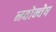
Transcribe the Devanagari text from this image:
नवोन्वेष